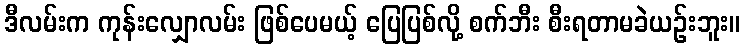
ဒီလမ်းက ကုန်းလျှောလမ်း ဖြစ်ပေမယ့် ပြေပြစ်လို့ စက်ဘီး စီးရတာမခဲယဉ်းဘူး။